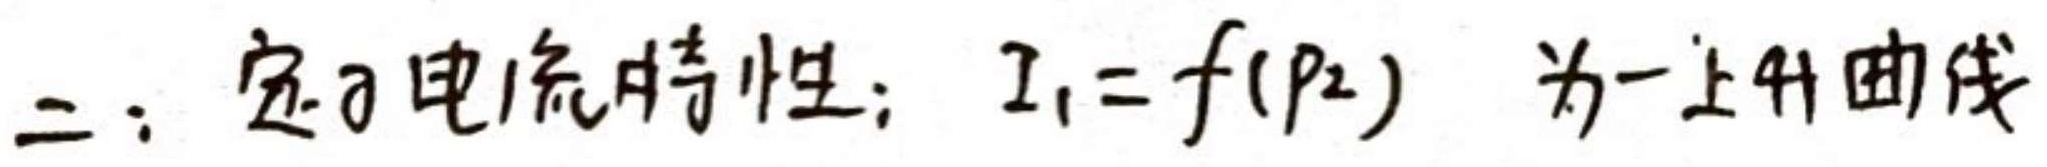
二：定子电流特性：$I_1 = f(p_2)$ 为一上升曲线